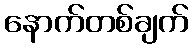
နောက်တစ်ချက်